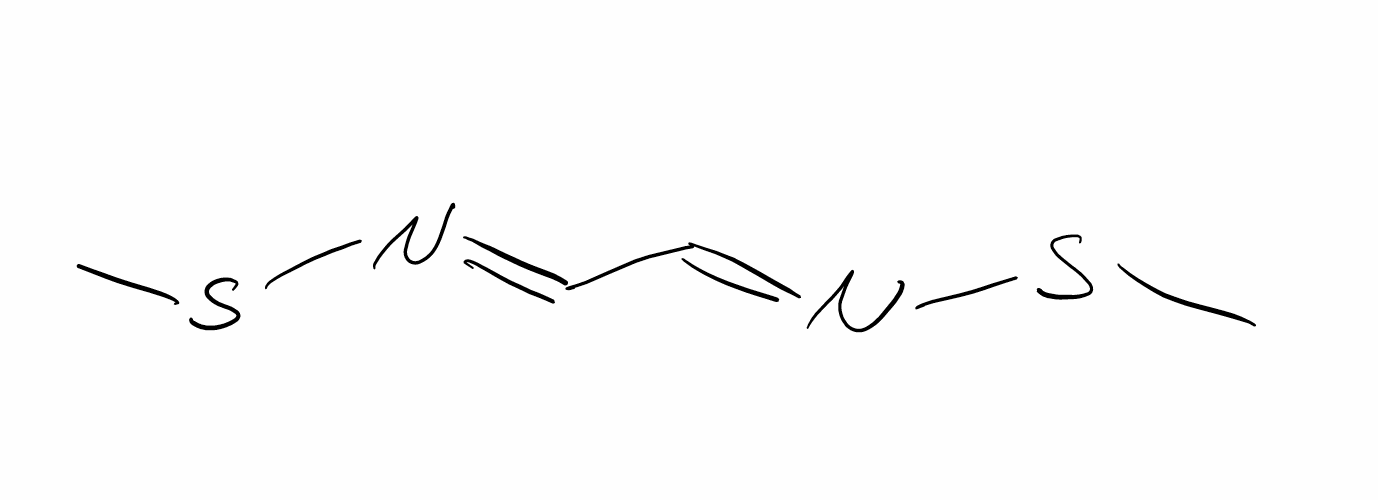
Simplified molecular-input line-entry system (SMILES) notation of the given molecule:
C(C(COC(=O)N)N=[N+]=[N-])N=[N+]=[N-]